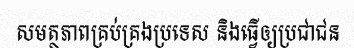
សមត្ថភាពគ្រប់គ្រងប្រទេស និងធ្វើឲ្យប្រជាជន